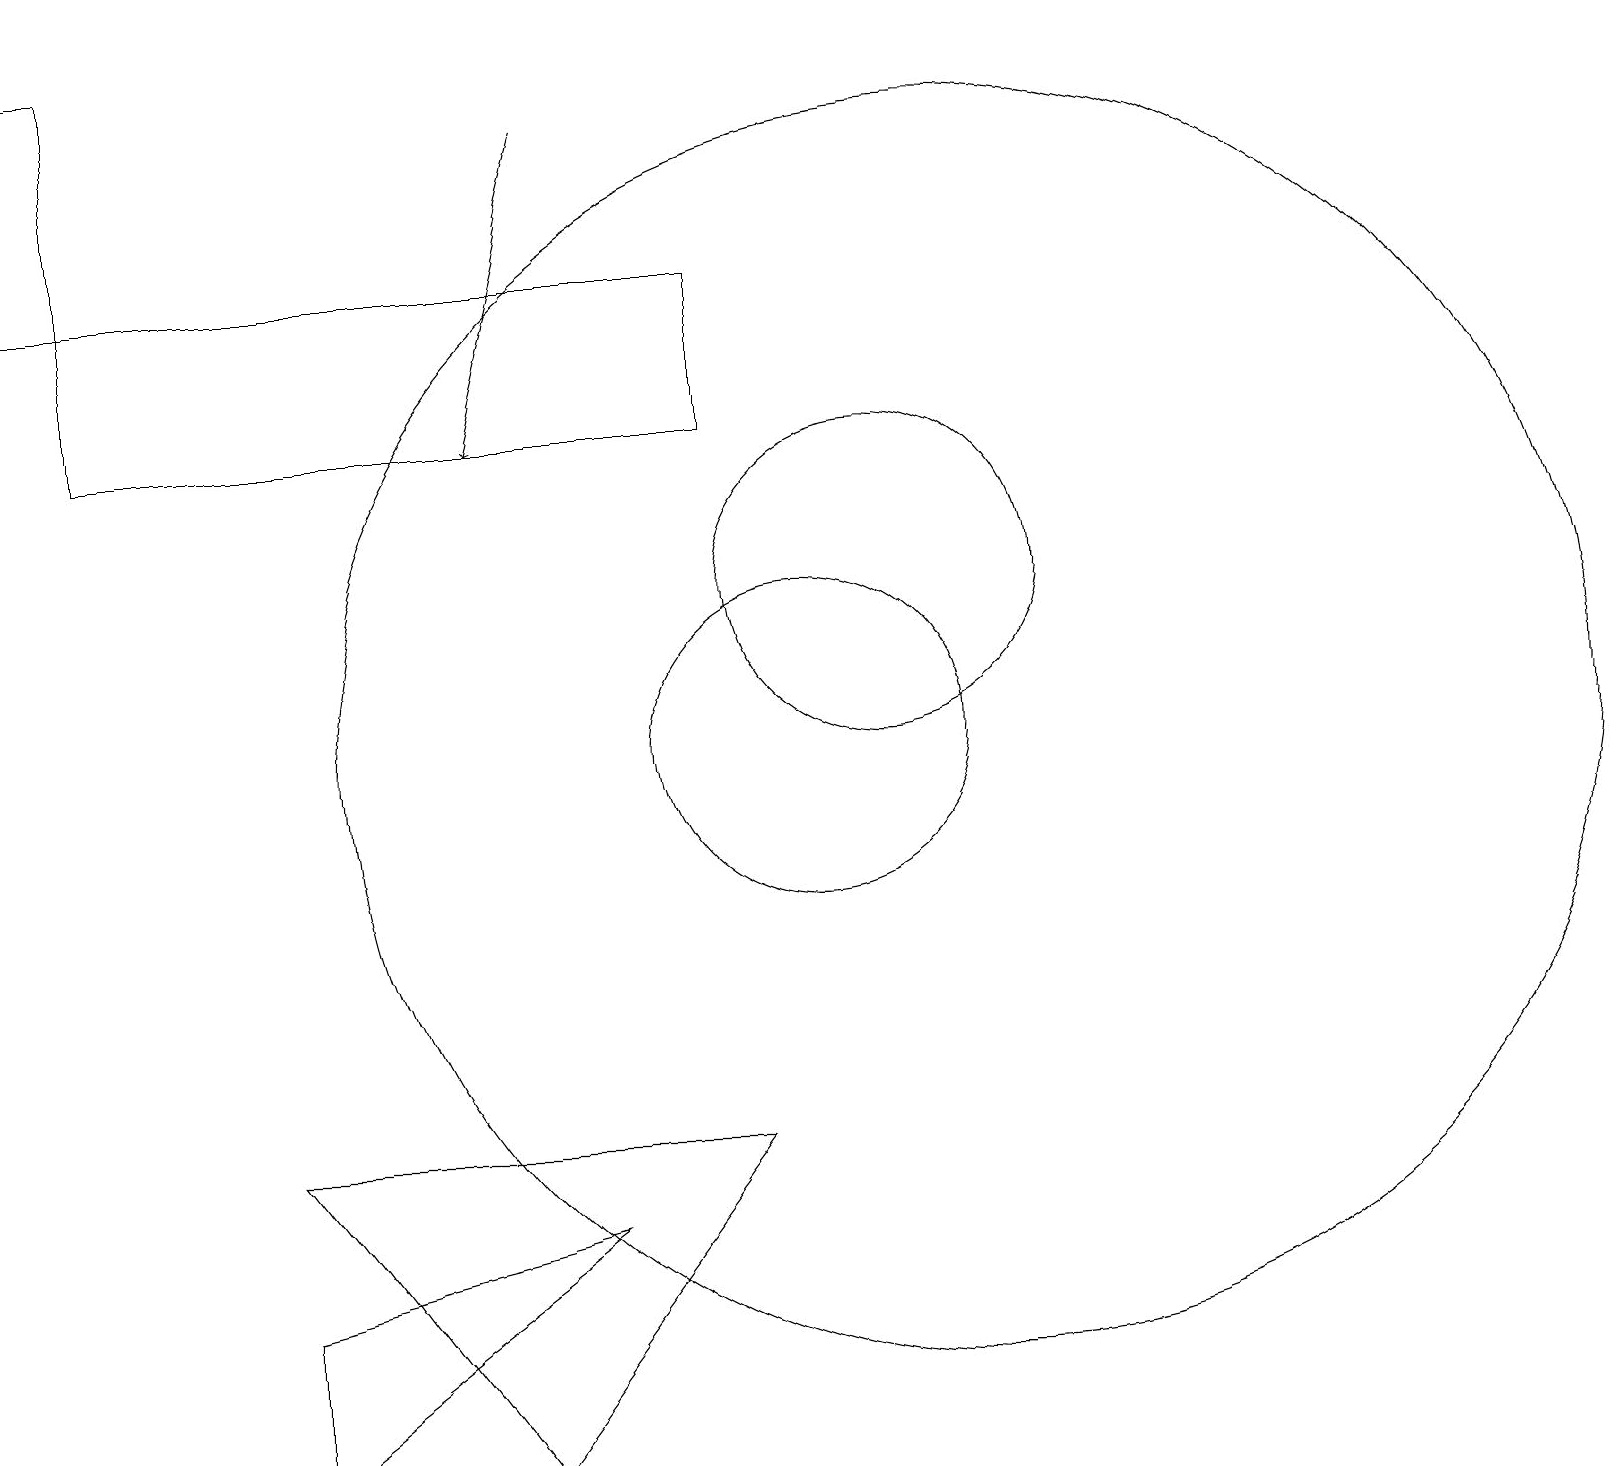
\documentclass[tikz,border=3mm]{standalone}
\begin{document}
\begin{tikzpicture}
\draw (9,16) rectangle (1,14);
\draw (11,12) circle (2);
\draw (3,1) -- (3,3) -- (7,4) -- cycle;
\draw (10,10) circle (2);
\draw (6,1) -- (3,5) -- (9,5) -- cycle;
\draw (1,19) rectangle (0,16);
\draw (12,10) circle (8);
\draw[->] (7,18) -- (6,14);
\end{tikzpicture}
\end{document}